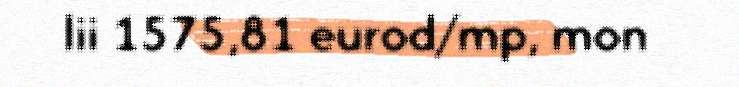
lii 1575,81 eurod/mp, mon